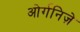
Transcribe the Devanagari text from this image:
ओर्गनिज़े